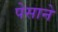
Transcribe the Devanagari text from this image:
पेसाने